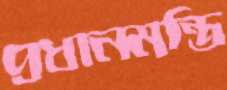
প্রধানমন্ত্রি